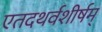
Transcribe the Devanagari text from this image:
एतदथर्वशीर्षम्‌